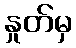
နှုတ်မှ